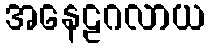
အနေဠဂလာယ